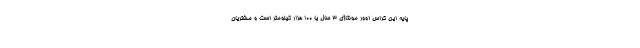
پایه این کراس اوور مونتاژی ۳ سال یا ۱۰۰ هزار کیلومتر است و مشتریان